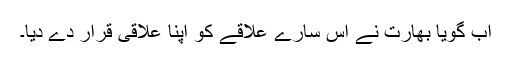
اب گویا بھارت نے اس سارے علاقے کو اپنا علاقی قرار دے دیا۔